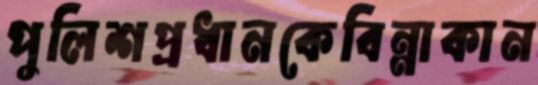
পুলিশপ্রধানকেবিন্নাকান